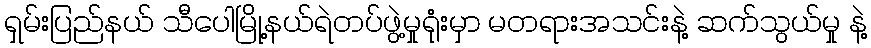
ရှမ်းပြည်နယ် သီပေါမြို့နယ်ရဲတပ်ဖွဲ့မှုရုံးမှာ မတရားအသင်းနဲ့ ဆက်သွယ်မှု နဲ့